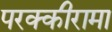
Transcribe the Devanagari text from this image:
परक्कीरामा